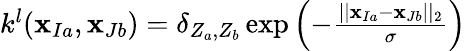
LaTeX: \begin{array}{r}{k^{l}(\mathbf{x}_{Ia},\mathbf{x}_{Jb})=\mathbf{\delta}_{Z_{a},Z_{b}}\exp{\left(-\frac{\vert\vert\mathbf{x}_{Ia}-\mathbf{x}_{Jb}\vert\vert_{2}}{\sigma}\right)}~}\end{array}